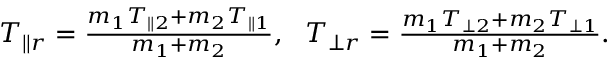
\begin{array} { r } { T _ { \parallel r } = \frac { m _ { 1 } T _ { \parallel 2 } + m _ { 2 } T _ { \parallel 1 } } { m _ { 1 } + m _ { 2 } } , ~ ~ T _ { \perp r } = \frac { m _ { 1 } T _ { \perp 2 } + m _ { 2 } T _ { \perp 1 } } { m _ { 1 } + m _ { 2 } } . } \end{array}